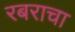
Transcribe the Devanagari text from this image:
रबराचा